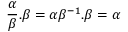
{ \frac { \alpha } { \beta } } . \beta = \alpha \beta ^ { - 1 } . \beta = \alpha